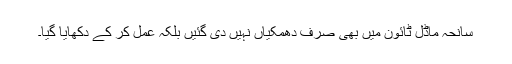
سانحہ ماڈل ٹائون میں بھی صرف دھمکیاں نہیں دی گئیں بلکہ عمل کر کے دکھایا گیا۔